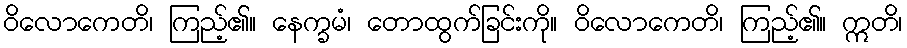
ဝိလောကေတိ၊ ကြည့်၏။ နေက္ခမံ၊ တောထွက်ခြင်းကို။ ဝိလောကေတိ၊ ကြည့်၏။ ဣတိ၊